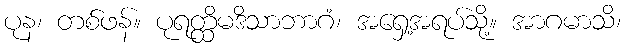
ပုန၊ တစ်ဖန်။ ပုရတ္ထိမဒိသာဘာဂံ၊ အရှေ့အရပ်သို့။ အာဂမာသိ၊